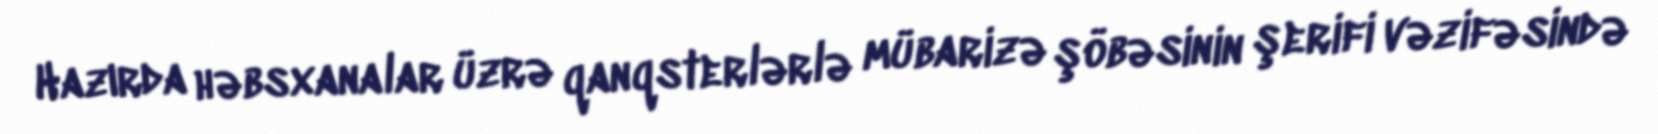
Hazırda həbsxanalar üzrə qanqsterlərlə mübarizə şöbəsinin şerifi vəzifəsində